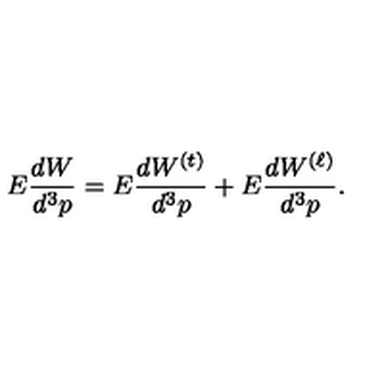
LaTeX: E \frac { d W } { d ^ { 3 } p } = E \frac { d W ^ { ( t ) } } { d ^ { 3 } p } + E \frac { d W ^ { ( \ell ) } } { d ^ { 3 } p } .